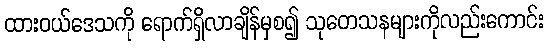
ထားဝယ်ဒေသကို ရောက်ရှိလာချိန်မှစ၍ သုတေသနများကိုလည်းကောင်း